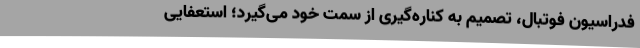
فدراسیون فوتبال، تصمیم به کناره‌گیری از سمت خود می‌گیرد؛ استعفایی